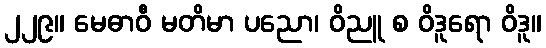
၂၂၉။ မေဓာဝီ မတိမာ ပညော၊ ဝိညူ စ ဝိဒူရော ဝိဒူ။